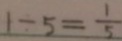
1 \div 5 = \frac { 1 } { 5 }